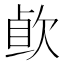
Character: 𰙐